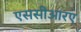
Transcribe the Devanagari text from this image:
एससीआरए